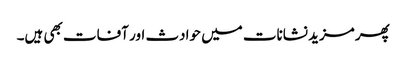
پھر مزید نشانات میں حوادث اور آفات بھی ہیں۔